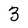
Character: 3